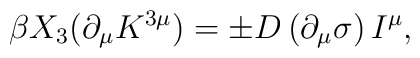
\beta X_{3}(\partial _{\mu }K^{3\mu }) = \pm D \left(\partial _{\mu }\sigma \right) I^{\mu },